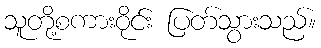
သူတို့စကားဝိုင်း ပြတ်သွားသည်။